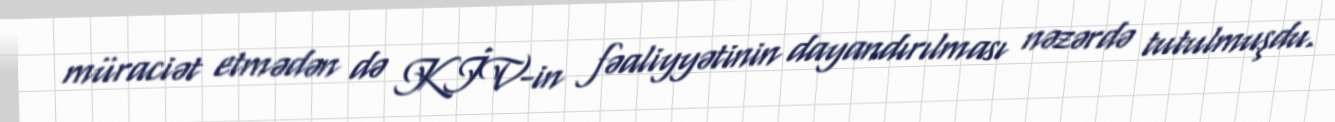
müraciət etmədən də KİV-in fəaliyyətinin dayandırılması nəzərdə tutulmuşdu.